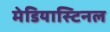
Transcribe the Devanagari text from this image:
मेडियास्टिनल